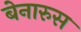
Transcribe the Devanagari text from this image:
बेनारुस